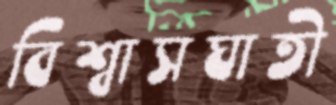
বিশ্বাসঘাতী